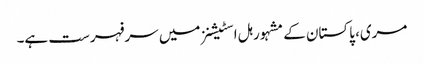
مری، پاکستان کے مشہور ہل اسٹیشنز میں سرفہرست ہے۔